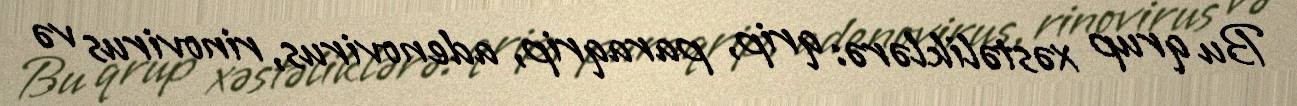
Bu qrup xəstəliklərə: qrip, paraqrip, adenovirus, rinovirus və